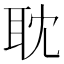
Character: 耽